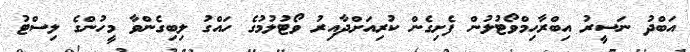
އަބްދު ނަސީރު އިބްރާހިމްވޯޓުލުން ފެށިގެން ކުރިއަށްދާއިރު ވޯޓުލުމުގެ ހައްގު ލިބިގެންވާ މީހުންގެ ލިސްޓު